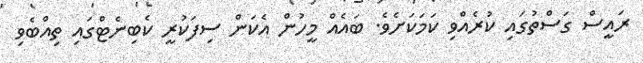
ރައީސް ގަސްތުގައި ކުރެއްވި ކަމަކަށެވެ. ބައެއް މީހުން އެކަން ސިފަކުރީ ކެބިނެޓްގައި ތިއްބެވި